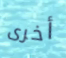
أخرى